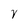
Character: V